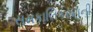
સમકાલિકરણની